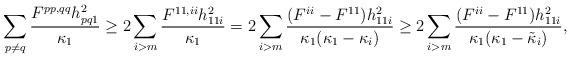
LaTeX: \begin{align*}\sum_{p\neq q} \frac{F^{pp,qq}h_{pq1}^2}{\kappa_1 }&\geq 2\sum_{i>m}\frac{F^{11,ii}h_{11i}^2}{\kappa_1 }=2\sum_{i>m}\frac{(F^{ii}-F^{11})h_{11i}^2}{\kappa_1 (\kappa_1 -\kappa_i )}\geq 2\sum_{i>m}\frac{(F^{ii}-F^{11})h_{11i}^2}{\kappa_1 (\kappa_1 -\tilde{\kappa}_i )},\end{align*}